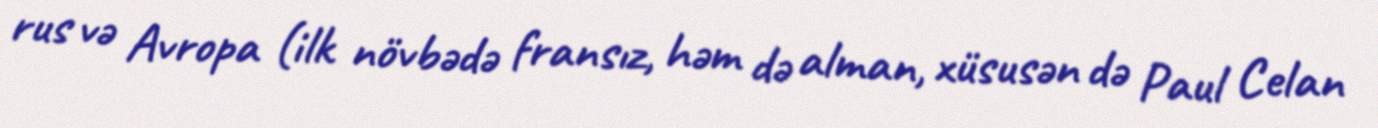
rus və Avropa (ilk növbədə fransız, həm də alman, xüsusən də Paul Celan